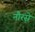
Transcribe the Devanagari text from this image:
नौरसे